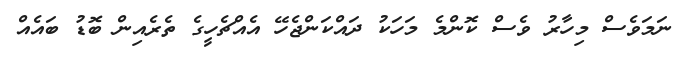
ނަމަވެސް މިހާރު ވެސް ކޮންމެ މަހަކު ދައްކަންޖެހޭ އެއްޗެހީގެ ތެރެއިން ބޮޑު ބައެއް